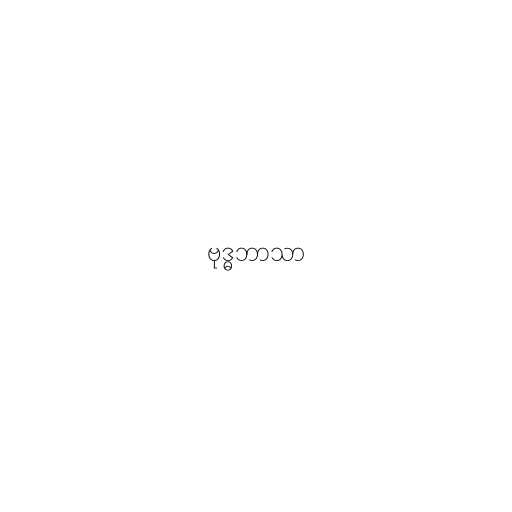
ဗုဒ္ဓဘာသာ